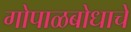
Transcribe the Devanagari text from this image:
गोपाळबोधाचे